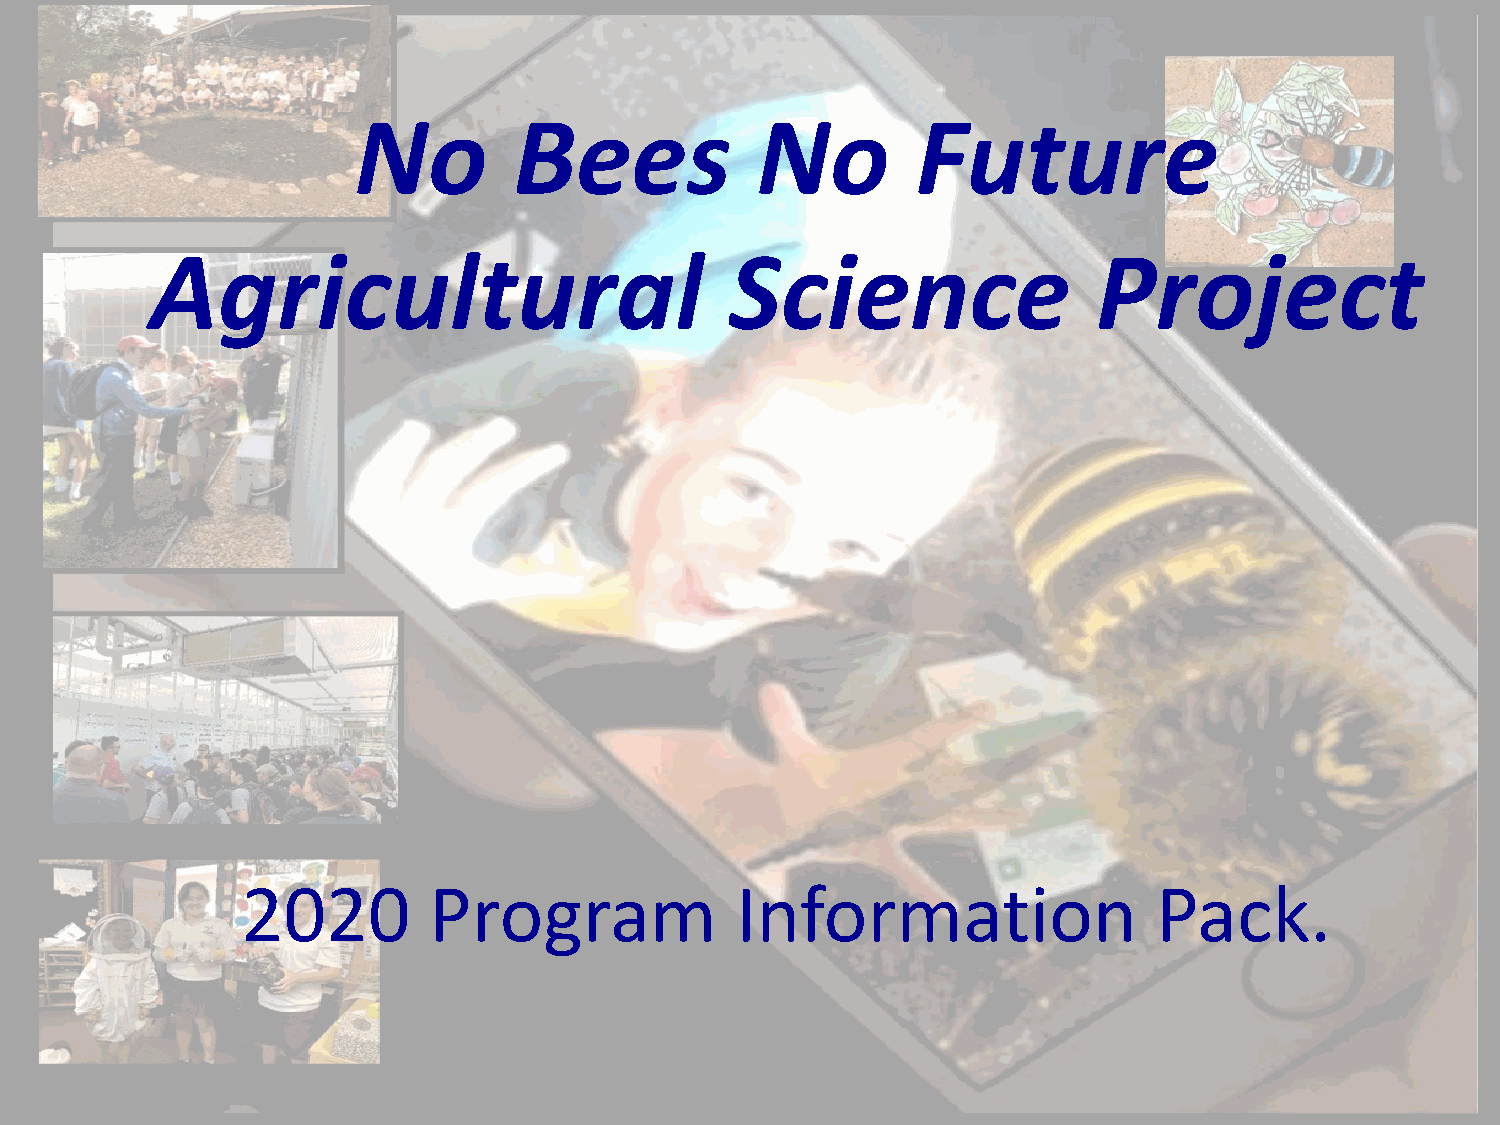
No         Bees            No         Future
 Agricultural                          Science                  Project
 2020        Program              Information                 Pack.